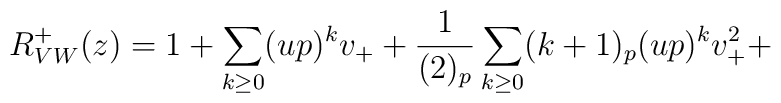
R^+_{VW}(z) =1+\sum_{k\geq 0}(up)^kv_++\frac{1}{(2)_p}\sum_{k\geq 0}(k+1)_p(up)^kv_+^2+